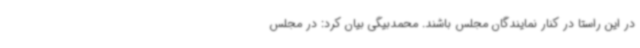
در این راستا در کنار نمایندگان مجلس باشند. محمدبیگی بیان کرد: در مجلس